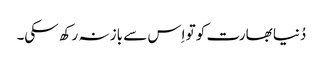
دُنیا بھارت کو تو اِس سے باز نہ رکھ سکی۔